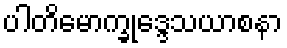
ပါတိမောက္ခုဒ္ဒေသယာစနာ